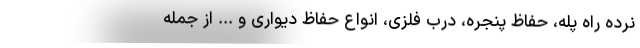
نرده راه پله، حفاظ پنجره، درب فلزی، انواع حفاظ دیواری و ... از جمله